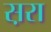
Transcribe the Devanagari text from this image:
स़रा